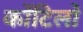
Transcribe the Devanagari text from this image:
कोंटिलो